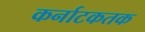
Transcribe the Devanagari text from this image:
कर्नाटकतक